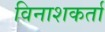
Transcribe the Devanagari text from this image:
विनाशकर्ता